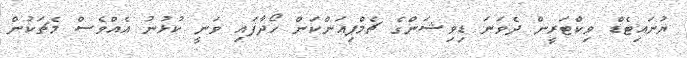
ޔުނައިޓެޑް ވިކްޓަރީން ދެވަނަ ޑިވިޝަންގެ ޗެމްޕިއަންކަން ހޯދާފައި ވަނީ ކުޅުނު އެއްވެސް މެޗަކުން